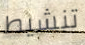
تنشيط